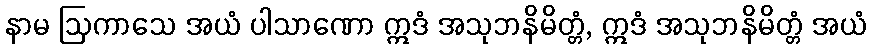
နာမ ဩကာသေ အယံ ပါသာဏော ဣဒံ အသုဘနိမိတ္တံ, ဣဒံ အသုဘနိမိတ္တံ အယံ